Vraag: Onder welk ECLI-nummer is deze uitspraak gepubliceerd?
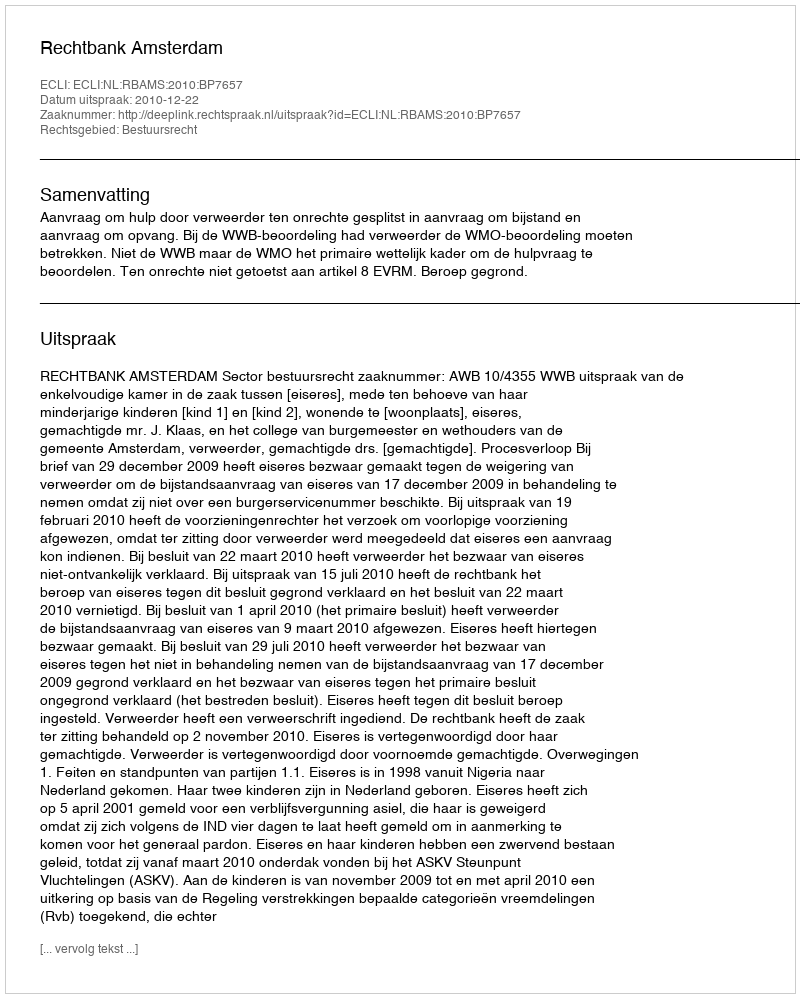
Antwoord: ECLI:NL:RBAMS:2010:BP7657